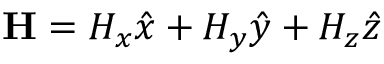
\mathbf { H } = H _ { x } \hat { x } + H _ { y } \hat { y } + H _ { z } \hat { z }